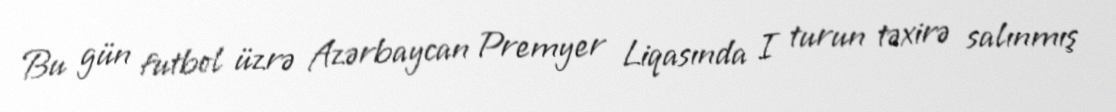
Bu gün futbol üzrə Azərbaycan Premyer Liqasında I turun təxirə salınmış